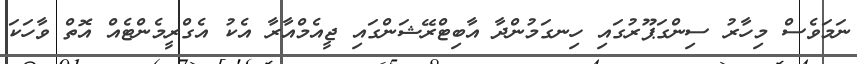
ނަމަވެސް މިހާރު ސިންގަޕޫރުގައި ހިނގަމުންދާ އާބިޓްރޭޝަންގައި ޖީއެމްއާރާ އެކު އެގްރީމެންޓެއް އޮތް ވާހަކަ